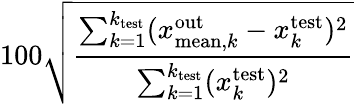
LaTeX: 100\sqrt{\frac{\sum_{k=1}^{k_{\mathrm{test}}}(x_{\mathrm{mean},k}^{\mathrm{out}}-x_{k}^{\mathrm{test}})^{2}}{\sum_{k=1}^{k_{\mathrm{test}}}(x_{k}^{\mathrm{test}})^{2}}}